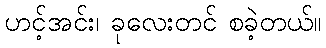
ဟင့်အင်း၊ ခုလေးတင် စခဲ့တယ်။